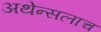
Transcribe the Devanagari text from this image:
अथेन्सलाच